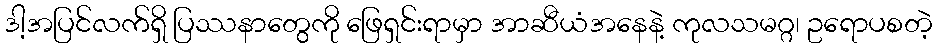
ဒါ့အပြင်လက်ရှိ ပြဿနာတွေကို ဖြေရှင်းရာမှာ အာဆီယံအနေနဲ့ ကုလသမဂ္ဂ၊ ဥရောပစတဲ့